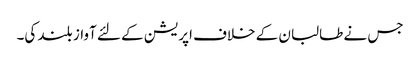
جس نے طالبان کے خلاف اپریشن کے لئے آواز بلند کی۔